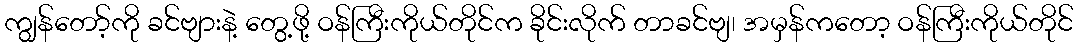
ကျွန်တော့်ကို ခင်ဗျားနဲ့ တွေ့ဖို့ ဝန်ကြီးကိုယ်တိုင်က ခိုင်းလိုက် တာခင်ဗျ၊ အမှန်ကတော့ ဝန်ကြီးကိုယ်တိုင်